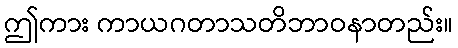
ဤကား ကာယဂတာသတိဘာဝနာတည်း။